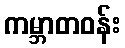
ကမ္ဘာတဝန်း